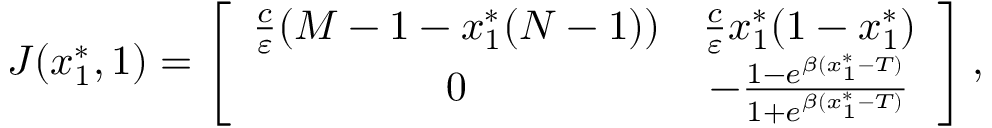
\begin{array} { r } { J ( x _ { 1 } ^ { * } , 1 ) = \left[ { \begin{array} { c c } { \frac { c } { \varepsilon } ( M - 1 - x _ { 1 } ^ { * } ( N - 1 ) ) } & { \frac { c } { \varepsilon } x _ { 1 } ^ { * } ( 1 - x _ { 1 } ^ { * } ) } \\ { 0 } & { - \frac { 1 - e ^ { \beta ( x _ { 1 } ^ { * } - T ) } } { 1 + e ^ { \beta ( x _ { 1 } ^ { * } - T ) } } } \end{array} } \right] , } \end{array}